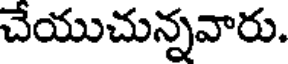
చేయుచున్నవారు.